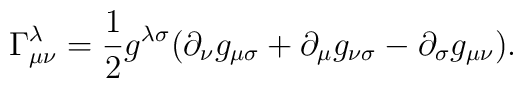
\Gamma^{\lambda}_{\mu\nu}=\frac{1}{2}g^{\lambda\sigma}( \partial_\nu g_{\mu\sigma}+\partial_\mu g_{\nu\sigma}- \partial_\sigma g_{\mu\nu}).